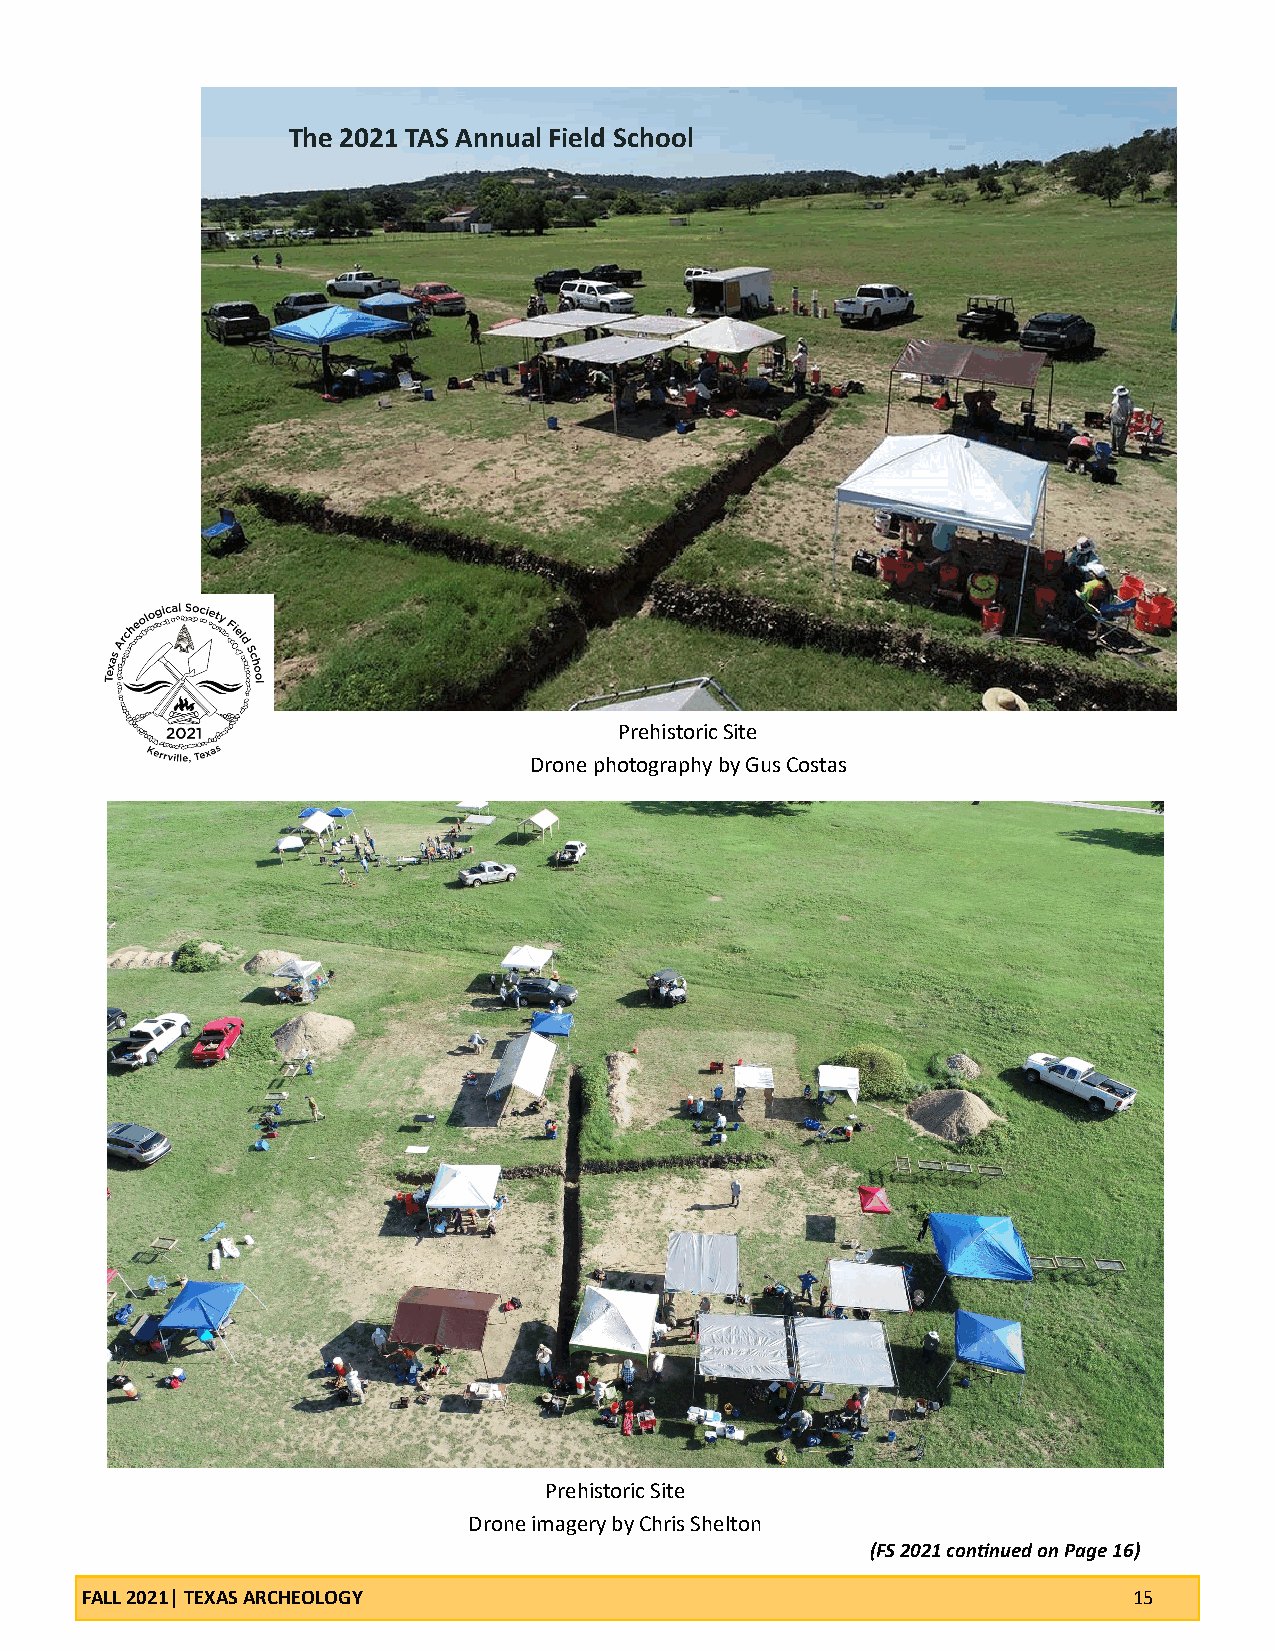
The 2021 TAS Annual Field School
 Prehistoric Site
 Drone photography by Gus Costas
 Prehistoric Site
 Drone imagery by Chris Shelton
 (FS 2021 continued on Page 16)
 FALL 2021| TEXAS ARCHEOLOGY                                           15